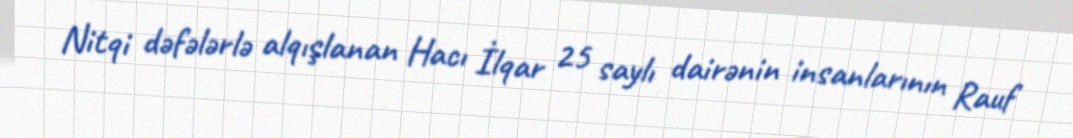
Nitqi dəfələrlə alqışlanan Hacı İlqar 25 saylı dairənin insanlarının Rauf